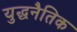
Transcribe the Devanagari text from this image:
युद्धनैतिक